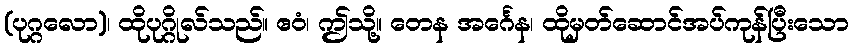
(ပုဂ္ဂလော)၊ ထိုပုဂ္ဂိုလ်သည်။ ဧဝံ၊ ဤသို့။ တေန အင်္ဂေန၊ ထိုမှတ်ဆောင်အပ်ကုန်ပြီးသော